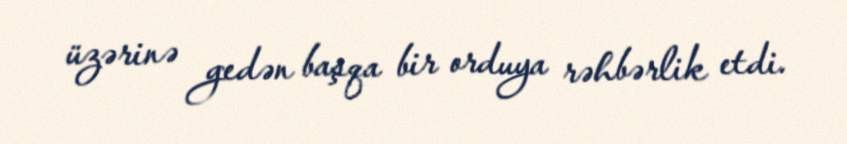
üzərinə gedən başqa bir orduya rəhbərlik etdi.